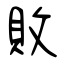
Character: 敗